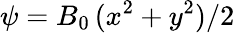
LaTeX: \psi=B_{0}\, (x^{2}+y^{2})/2